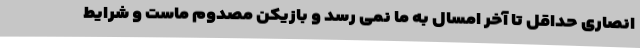
انصاری حداقل تا آخر امسال به ما نمی رسد و بازیکن مصدوم ماست و شرایط